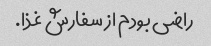
راضی بودم از سفارش غذا.